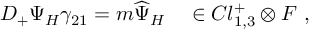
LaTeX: { \cal D } _ { + } \Psi _ { H } \gamma _ { 2 1 } = m \widehat { \Psi } _ { H } ~ ~ ~ \in C l _ { 1 , 3 } ^ { + } \otimes { \cal F } ~ ,